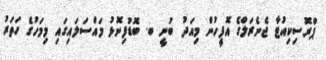
ޕްރޮސިކިއުޓާ ޖެނެރަލްގެ އޮފީހުން މިއަދު ބުނީ ބ. ބޮޑުފިނޮޅު މައްސަލައިގައި މިމަހުގެ ހަތަރު